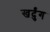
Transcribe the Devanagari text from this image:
खर्दुंग